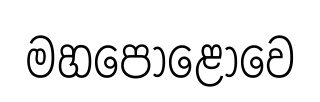
මහපොළොවෙ